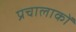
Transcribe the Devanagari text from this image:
प्रचालाकों